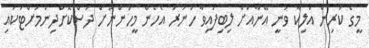
މީގެ ކުރިން އަލިކާ ވަނީ އޭނާއަށް ލިބިފައިވާ ހުނަރު އެހެން މީހުންނަށް ދަސްކޮށްދިނުމަށްޓަކައި